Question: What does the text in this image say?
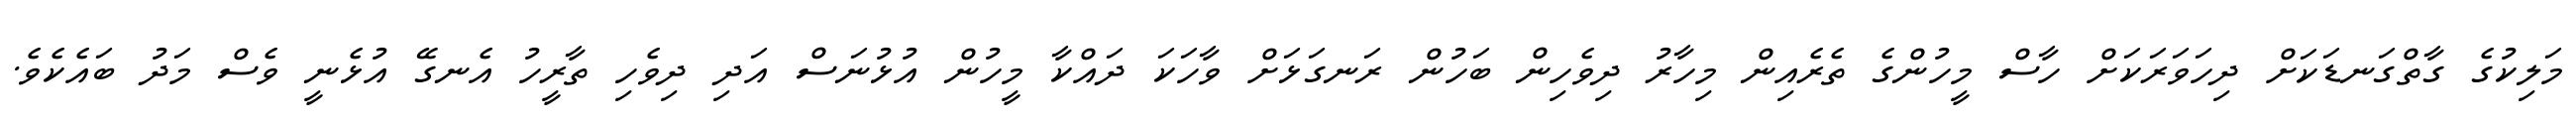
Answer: މަލިކުގެ ގާތްގަނޑަކަށް ދިހަވަރަކަށް ހާސް މީހުންގެ ތެރެއިން މިހާރު ދިވެހިން ބަހުން ރަނގަޅަށް ވާހަކަ ދައްކާ މީހުން އުޅުނަސް އަދި ދިވެހި ތާރީހު އެނގޭ އުޅެނީ ވެސް މަދު ބައެކެވެ.